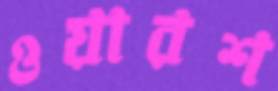
ওয়ারশ